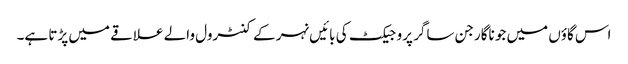
اس گاؤں میں جو ناگارجن ساگر پروجیکٹ کی بائیں نہر کے کنٹرول والے علاقے میں پڑتا ہے۔